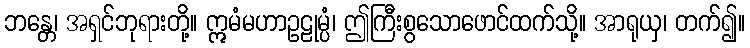
ဘန္တေ၊ အရှင်ဘုရားတို့။ ဣမံမဟာဥဠုမ္ပံ၊ ဤကြီးစွသောဖောင်ထက်သို့။ အာရုယှ၊ တက်၍။